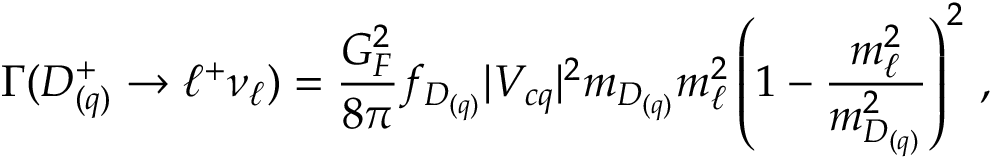
\Gamma ( D _ { ( q ) } ^ { + } \to \ell ^ { + } \nu _ { \ell } ) = { \frac { G _ { F } ^ { 2 } } { 8 \pi } } f _ { D _ { ( q ) } } | V _ { c q } | ^ { 2 } m _ { D _ { ( q ) } } m _ { \ell } ^ { 2 } \left( 1 - { \frac { m _ { \ell } ^ { 2 } } { m _ { D _ { ( q ) } } ^ { 2 } } } \right) ^ { 2 } \, ,